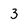
Character: 3